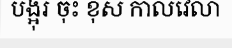
បង្អុរ ចុះ ខុស កាលវេលា